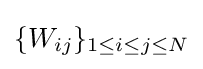
\{W_{ij}\}_{1\leq i\leq j\leq N}